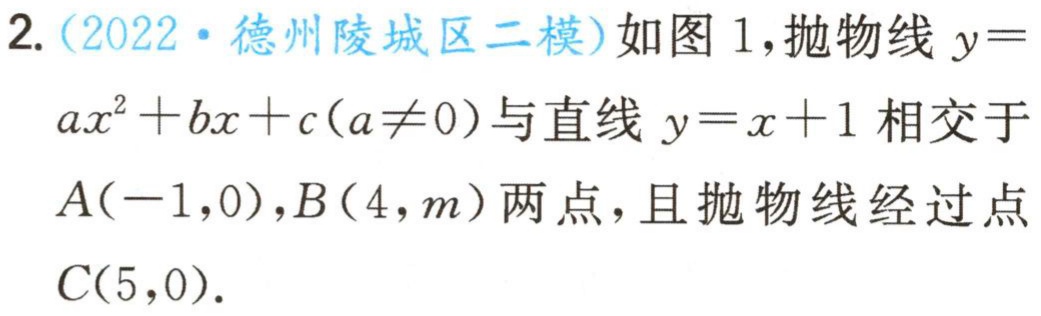
2.（2022·德州陵城区二模）如图1，抛物线\(y = ax^{2}+bx + c(a\neq0)\)与直线\(y = x + 1\)相交于\(A(-1,0)\)，\(B(4,m)\)两点，且抛物线经过点\(C(5,0)\)。